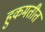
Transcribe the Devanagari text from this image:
हुकमतीत